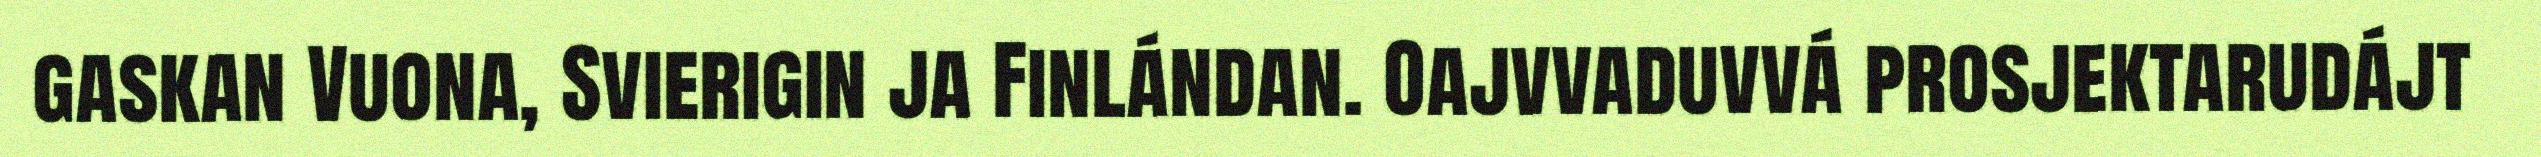
gaskan Vuona, Svierigin ja Finlándan. Oajvvaduvvá prosjektarudájt